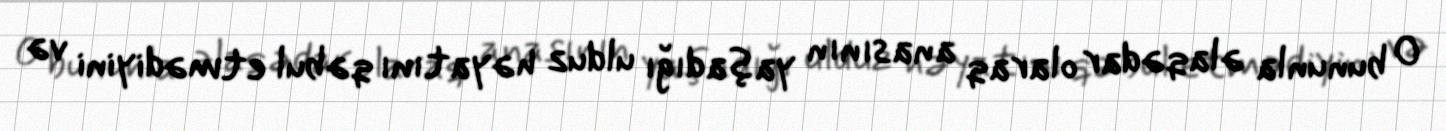
O bununla əlaqədar olaraq anasının yaşadığı ulduz həyatını qəbul etmədiyini və